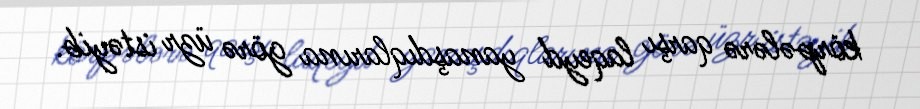
körpələrə qarşı laqeyd yanaşdıqlarına görə üzr istəyib.